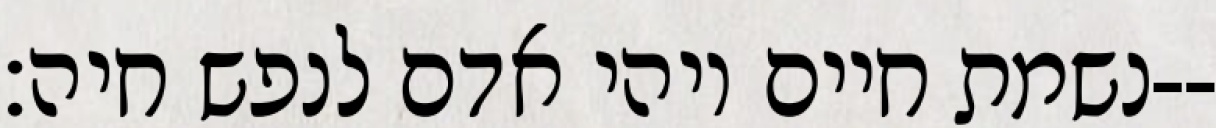
נשמת חיים ויהי אדם לנפש חיה׃--